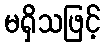
မရှိသဖြင့်